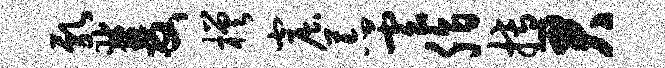
乳双槎窟荒云脂搏君